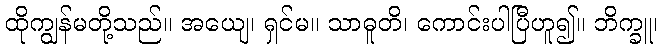
ထိုကျွန်မတို့သည်။ အယျေ၊ ရှင်မ။ သာဓူတိ၊ ကောင်းပါပြီဟူ၍။ ဘိက္ခူ၊